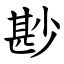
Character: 尠